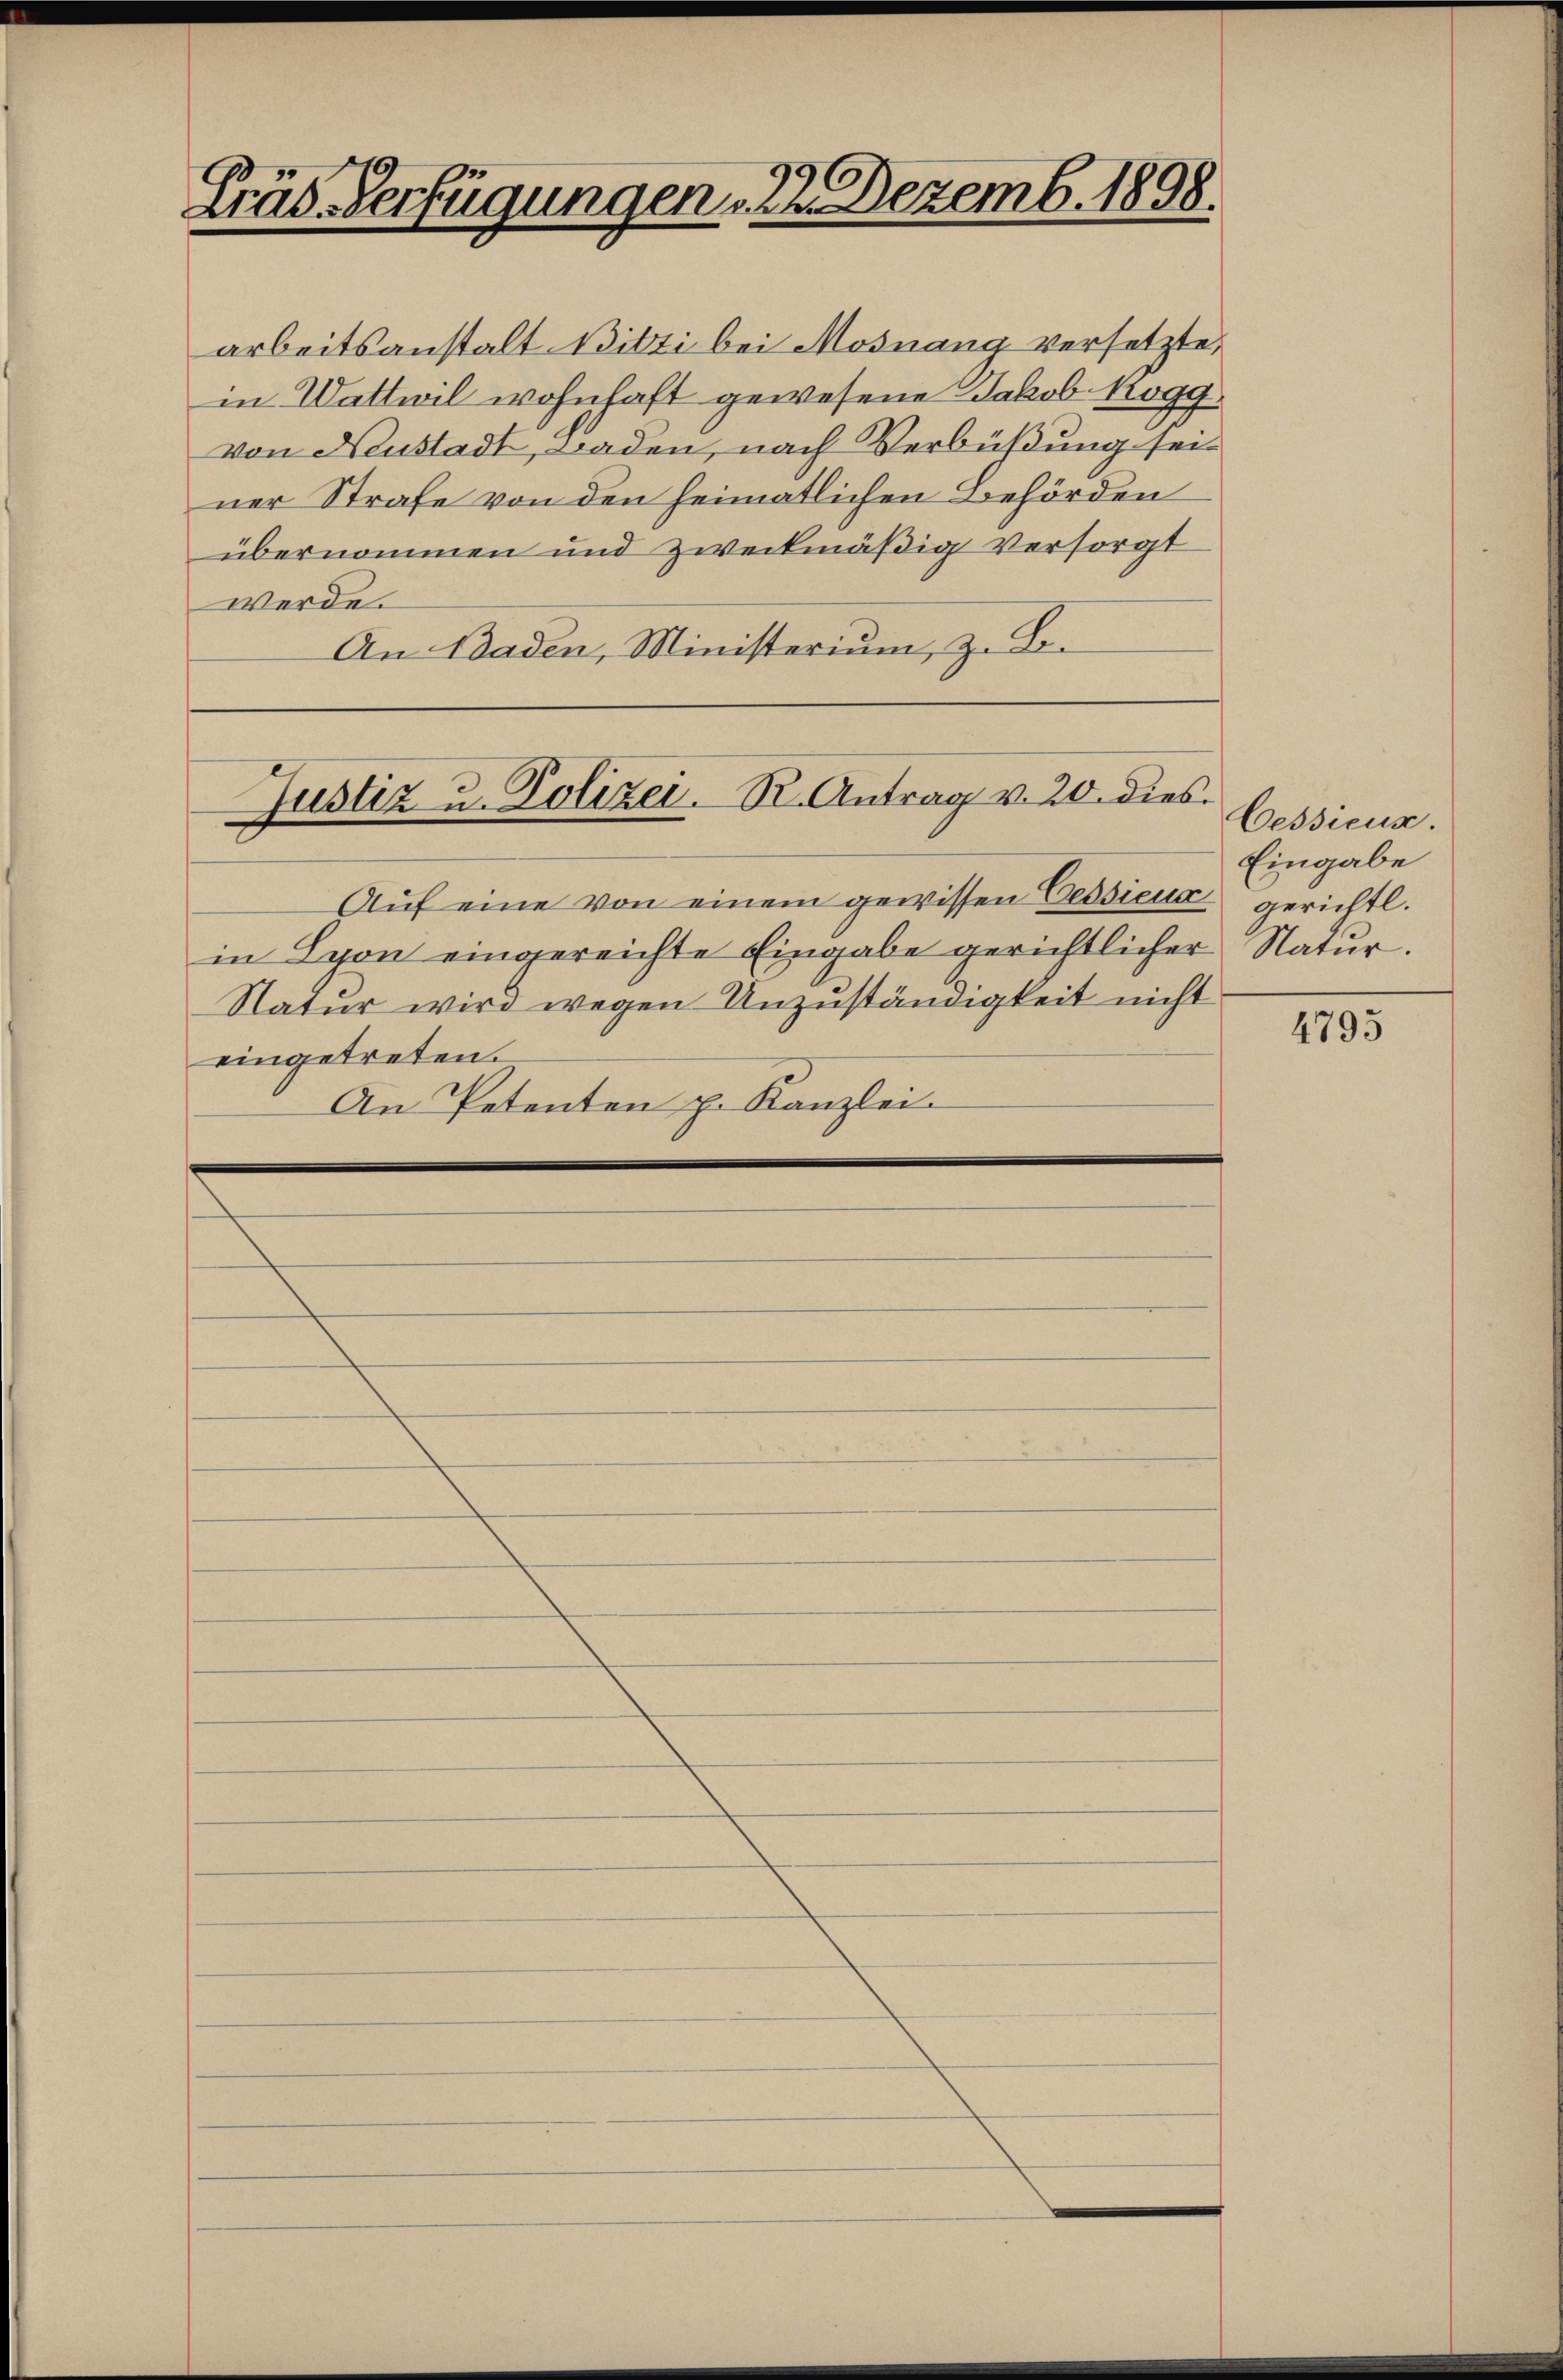
Fräs. Verfügungen , 22. Dezemb. 1898.

Justiz u. Polizei. R. Antrag v. 20. dies

arbeitsanstalt Bitti bei Mosnang versetzte,
in Wattwil wohnhaft gewesene Jakob Kogg
von Neustadt, Baden, nach Verbüßung seiner Strafe von den heimatlichen Behörden
übernommen und zweckmäßig versorgt
werde.
An Baden, Ministerium, z. B.

Aŭf eine von einem gewissen Tessieur gerichtl.
in Spon eingereichte Eingabe gerichtlicher Natur.
Natur wird wegen Unzuständigkeit nicht
eingetreten.
An Petenten p. Kanzlei.

Cessieux.
Eingabe

4795